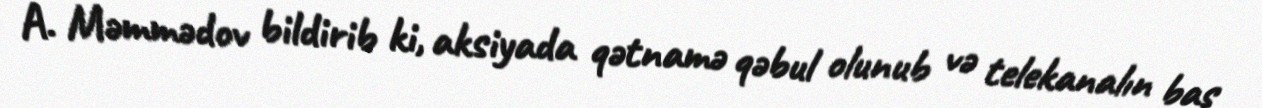
A. Məmmədov bildirib ki, aksiyada qətnamə qəbul olunub və telekanalın baş